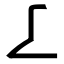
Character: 𠄏